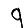
Digit: 9